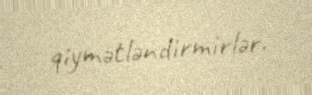
qiymətləndirmirlər.